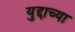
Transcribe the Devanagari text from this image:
युद्दाच्या